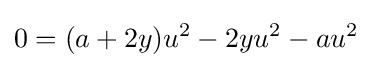
0=(a+2y)u^{2}-2yu^{2}-au^{2}